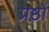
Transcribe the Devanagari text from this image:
प्रष्ठों